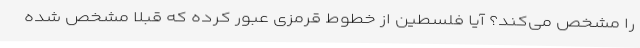
را مشخص می‌کند؟ آیا فلسطین از خطوط قرمزی عبور کرده که قبلا مشخص شده